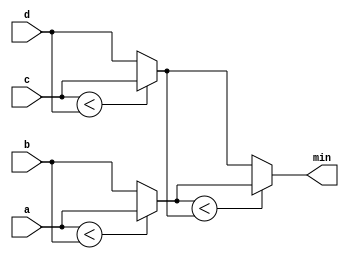
module top_module (
    input [7:0] a, b, c, d,
    output [7:0] min);//

    reg [7:0] temp1;
    reg [7:0] temp2;

    assign temp1 = (a < b) ? a : b;
    assign temp2 = (c < d) ? c : d;
    assign min = (temp1 < temp2) ? temp1 : temp2;

endmodule